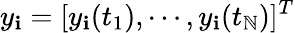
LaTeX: y_{\mathbf{i}}=[y_{\mathbf{i}}(t_{1}),\cdots,y_{\mathbf{i}}(t_{\mathbb{N}})]^{T}